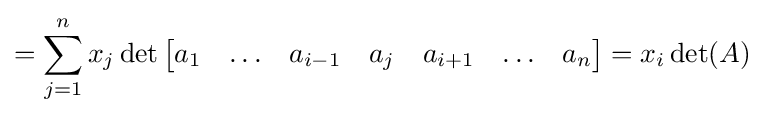
=\sum _{j=1}^{n}x_{j}\det {\begin{bmatrix}a_{1}&\ldots &a_{i-1}&a_{j}&a_{i+1}&\ldots &a_{n}\end{bmatrix}}=x_{i}\det(A)